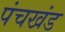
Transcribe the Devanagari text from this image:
पंचखंड